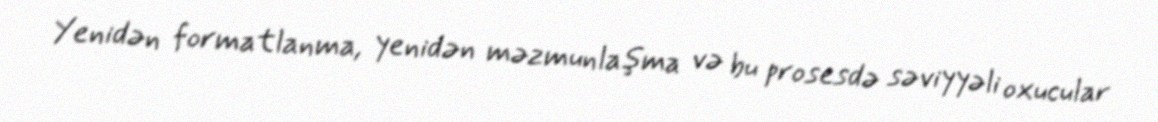
Yenidən formatlanma, yenidən məzmunlaşma və bu prosesdə səviyyəli oxucular